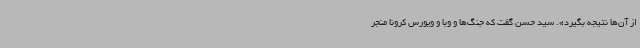
از آن‌ها نتیجه بگیرد». سید حسن گفت که جنگ‌ها و وبا و ویورس کرونا منجر